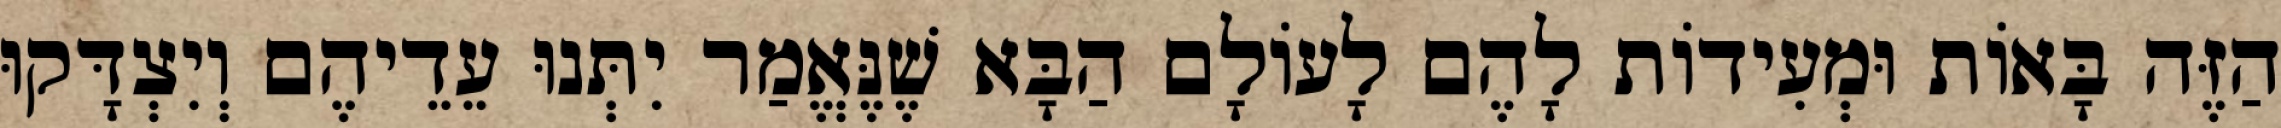
הַזֶּה בָּאוֹת וּמְעִידוֹת לָהֶם לָעוֹלָם הַבָּא שֶׁנֶּאֱמַר יִתְּנוּ עֵדֵיהֶם וְיִצְדָּקוּ